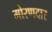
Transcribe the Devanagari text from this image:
मोरणदार